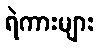
ရဲကားများ